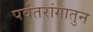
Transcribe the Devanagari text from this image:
पर्वतरांगातुन